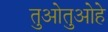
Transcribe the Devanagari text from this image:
तुओतुओहे